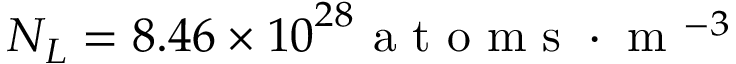
{ { N } _ { L } } = 8 . 4 6 \times { { 1 0 } ^ { 2 8 } } \mathrm { ~ a ~ t ~ o ~ m ~ s ~ } \cdot { { \mathrm { ~ m ~ } } ^ { - 3 } }